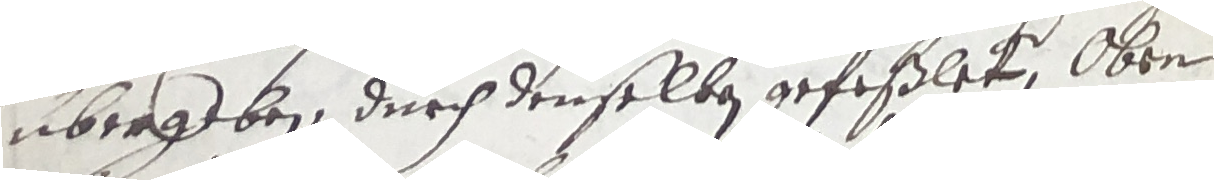
übergeben, durch denselben gefeßlet, ober